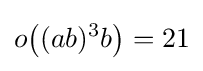
o{\bigl (}(ab)^{3}b{\bigr )}=21